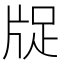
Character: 𤗁